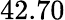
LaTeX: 42.70